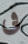
فى